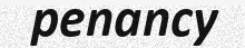
penancy